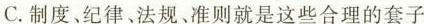
C.制度、纪律、法规、准则就是这些合理的套子